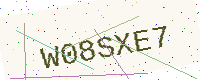
Text: W08SXE7